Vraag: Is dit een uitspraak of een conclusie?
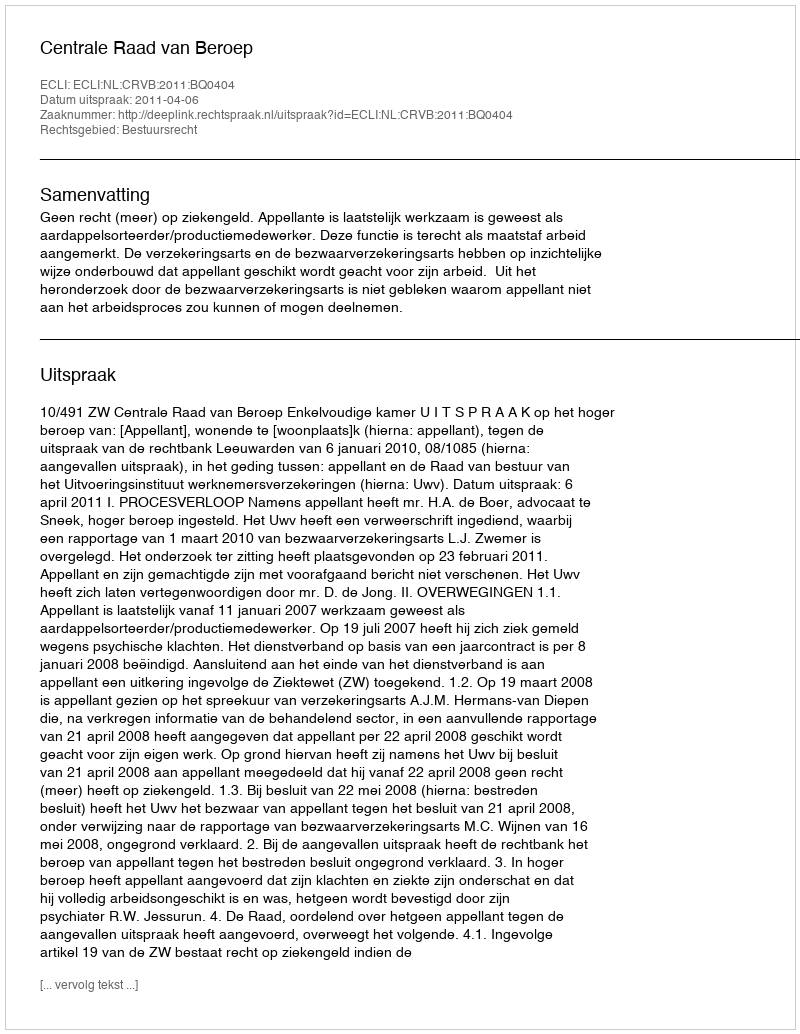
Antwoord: Uitspraak